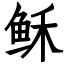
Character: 稣